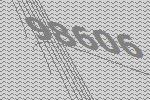
98606